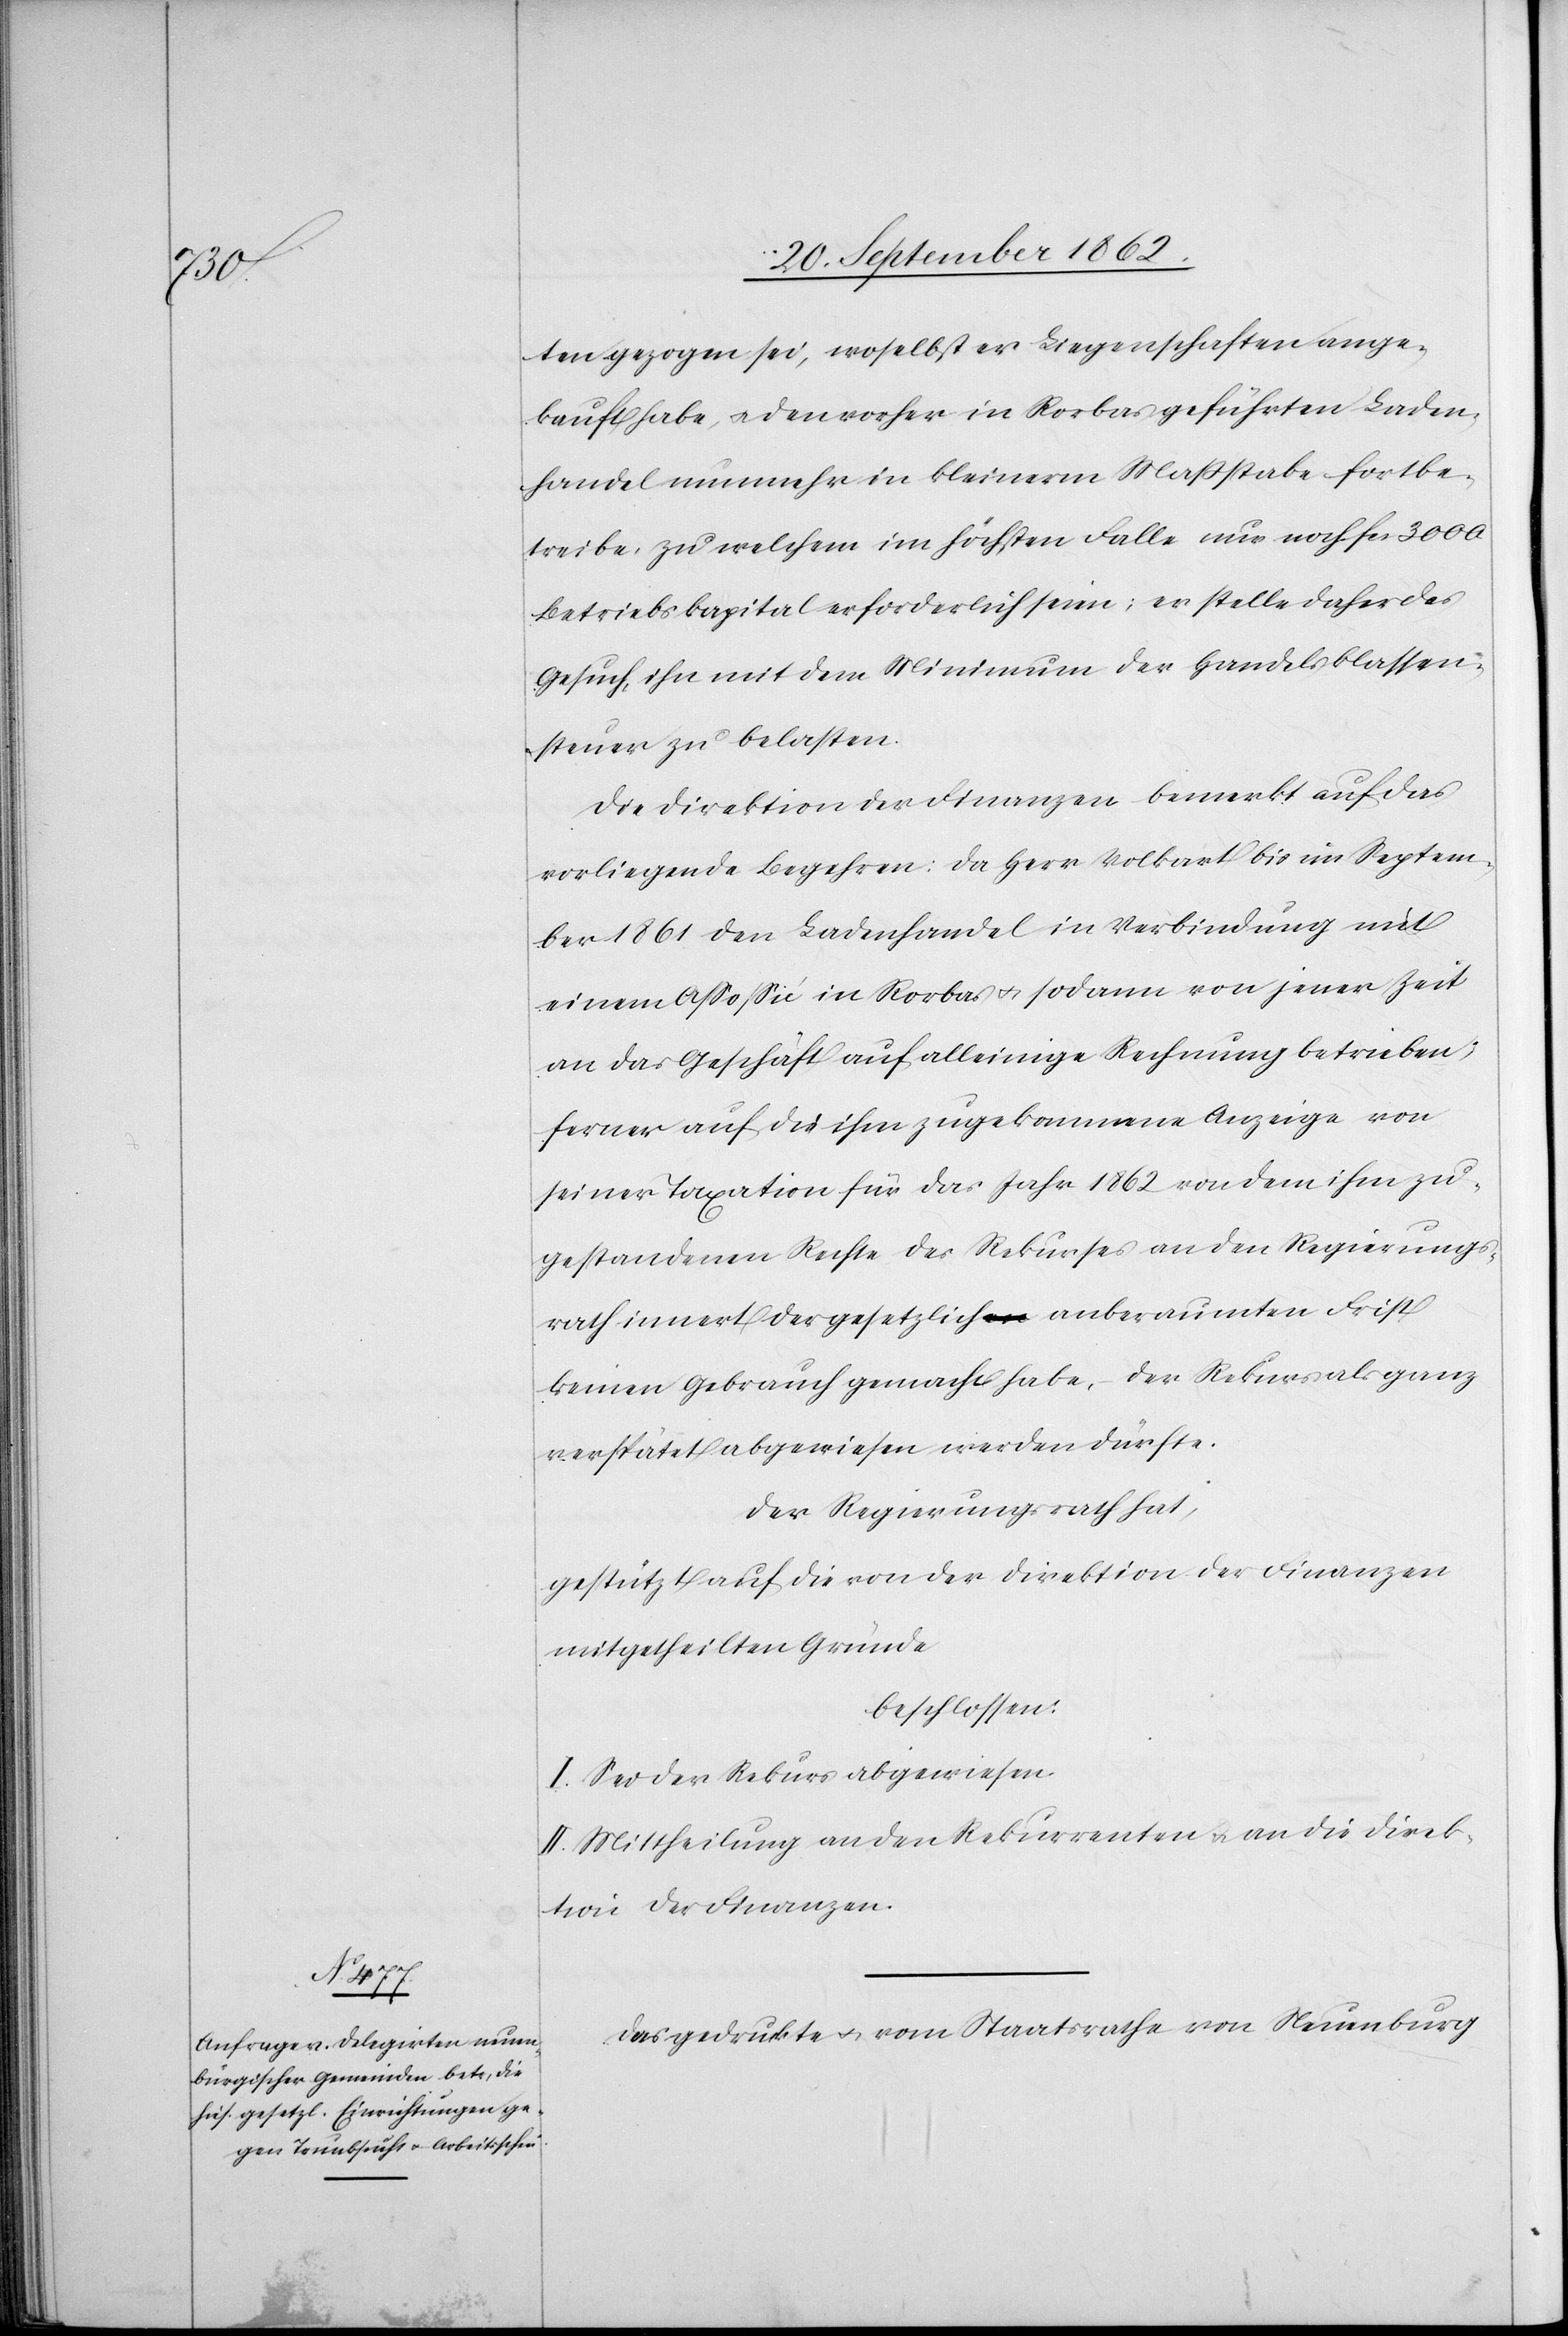
ten gezogen sei, woselbst er Liegenschaften ange¬
kauft habe, u. den vorher in Rorbas geführten Laden¬
handel nunmehr in kleinerm Maßstabe fortbe¬
treibe, zu welchem im höchsten Falle nur noch fcs. 3000
Betriebskapital erforderlich seien; er stelle daher das
Gesuch, ihn mit dem Minimum der Handelsklassen¬
steuer zu belasten.
Die Direktion der Finanzen bemerkt auf das
vorliegende Begehren: Da Herr Volkart bis im Septem¬
ber 1861 den Ladenhandel in Verbindung mit
einem Aßoßié in Rorbas u. sodann von jener Zeit
an das Geschäft auf alleinige Rechnung betrieben;
ferner auf die ihm zugekommene Anzeige von
seiner Taxation für das Jahr 1862 von dem ihm zu¬
gestandenen Rechte des Rekurses an den Regierungs¬
rath innert der gesetzlich anberaumten Frist
keinen Gebrauch gemacht habe, – der Rekurs als ganz
verspätet abgewiesen werden dürfte.
Der Regierungsrath hat,
gestützt auf die von der Direktion der Finanzen
mitgetheilten Gründe
beschlossen:
I. Sei der Rekurs abgewiesen.
II. Mittheilung an den Rekurrenten u. an die Direk¬
tion der Finanzen.
Das gedruckte u. vom Staatsrathe von Neuenburg